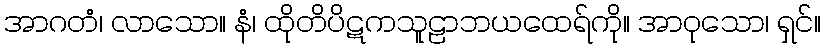
အာဂတံ၊ လာသော။ နံ၊ ထိုတိပိဋကသူဠာဘယထေရ်ကို။ အာဝုသော၊ ရှင်။